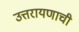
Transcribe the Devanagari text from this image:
उत्तरायणाची